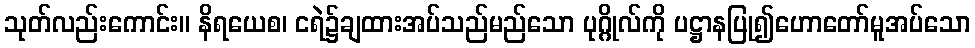
သုတ်လည်းကောင်း။ နိရယေစ၊ ငရဲ၌ချထားအပ်သည်မည်သော ပုဂ္ဂိုလ်ကို ပဋ္ဌာနပြု၍ဟောတော်မူအပ်သော